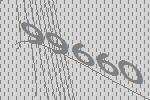
99660